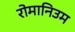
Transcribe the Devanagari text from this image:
रोमानिउम